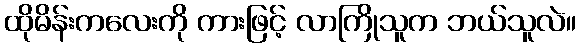
ထိုမိန်းကလေးကို ကားဖြင့် လာကြိုသူက ဘယ်သူလဲ။